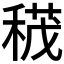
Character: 𥠏